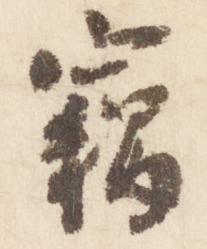
竊